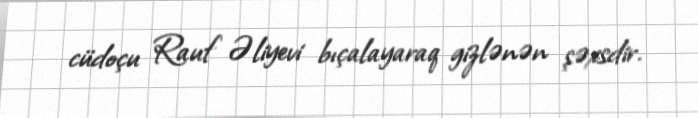
cüdoçu Rauf Əliyevi bıçalayaraq gizlənən şəxsdir.